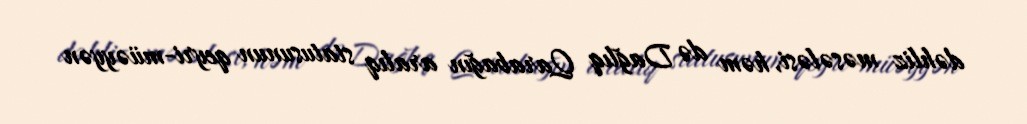
dəhliz məsələsi, həm də Dağlıq Qarabağın aralıq statusunun qeyri-müəyyən